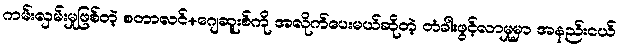
ကမ်းလှမ်းမှုဖြစ်တဲ့ စတာလင်+ဂျေဆူးစ်ကို အလိုက်ပေးမယ်ဆိုတဲ့ တံခါးဖွင့်လာမှုမှာ အနည်းငယ်